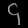
Digit: ၄